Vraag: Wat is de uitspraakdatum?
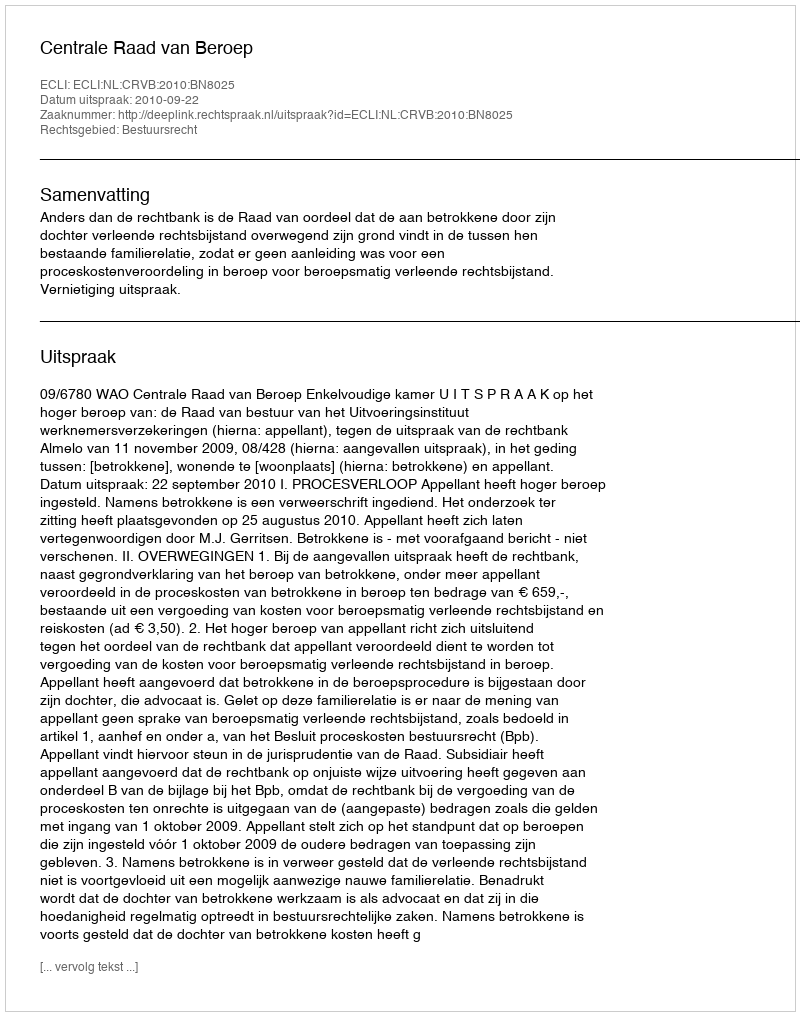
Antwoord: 2010-09-22